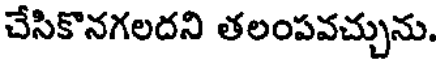
చేసికొనగలదని తలంపవచ్చును.